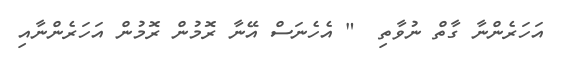
އަހަރެންނާ ގާތް ނުވާތި  " އެހެނަސް އޭނާ ރޮމުން ރޮމުން އަހަރެންނާއި